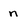
Character: n